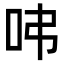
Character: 𠰀